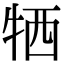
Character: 牺